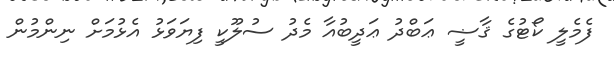
ފެމެލީ ކޯޓުގެ ޤާޟީ ޢަބްދު ޢަދީބުއާ މެދު ސުލޫކީ ފިޔަވަޅު އެޅުމަށް ނިންމުން